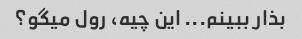
بذار ببینم... این چیه، رول میگو؟